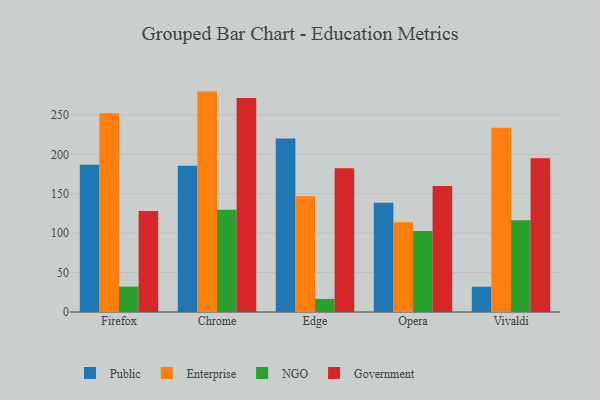
{"axis": {"x": "Browser", "y": "Conversion Rate (%)"}, "legend": ["Enterprise", "Government", "NGO", "Public"], "data": [{"x": "Firefox", "y": 186.8, "type": "Public"}, {"x": "Firefox", "y": 252.2, "type": "Enterprise"}, {"x": "Firefox", "y": 32.3, "type": "NGO"}, {"x": "Firefox", "y": 128.1, "type": "Government"}, {"x": "Chrome", "y": 185.5, "type": "Public"}, {"x": "Chrome", "y": 279.6, "type": "Enterprise"}, {"x": "Chrome", "y": 129.7, "type": "NGO"}, {"x": "Chrome", "y": 271.5, "type": "Government"}, {"x": "Edge", "y": 220.1, "type": "Public"}, {"x": "Edge", "y": 146.9, "type": "Enterprise"}, {"x": "Edge", "y": 16.6, "type": "NGO"}, {"x": "Edge", "y": 182.4, "type": "Government"}, {"x": "Opera", "y": 138.7, "type": "Public"}, {"x": "Opera", "y": 113.8, "type": "Enterprise"}, {"x": "Opera", "y": 102.9, "type": "NGO"}, {"x": "Opera", "y": 159.7, "type": "Government"}, {"x": "Vivaldi", "y": 32.1, "type": "Public"}, {"x": "Vivaldi", "y": 233.6, "type": "Enterprise"}, {"x": "Vivaldi", "y": 116.4, "type": "NGO"}, {"x": "Vivaldi", "y": 195.0, "type": "Government"}]}